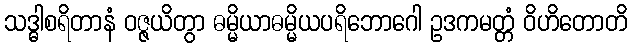
သဒ္ဓါစရိတာနံ ဝဇ္ဇယိတွာ ဓမ္မိယာဓမ္မိယပရိဘောဂေါ ဥဒကမတ္တံ ဝိဟိတောတိ